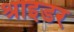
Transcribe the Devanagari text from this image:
श्राइडर